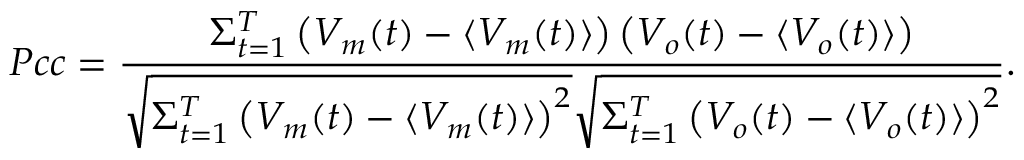
P c c = \frac { \Sigma _ { t = 1 } ^ { T } \left( V _ { m } ( t ) - \langle V _ { m } ( t ) \rangle \right) \left( V _ { o } ( t ) - \langle V _ { o } ( t ) \rangle \right) } { \sqrt { \Sigma _ { t = 1 } ^ { T } \left( V _ { m } ( t ) - \langle V _ { m } ( t ) \rangle \right) ^ { 2 } } \sqrt { \Sigma _ { t = 1 } ^ { T } \left( V _ { o } ( t ) - \langle V _ { o } ( t ) \rangle \right) ^ { 2 } } } .